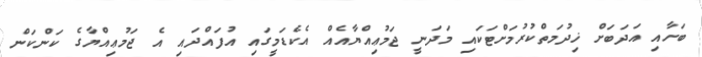
ބަހާއި އަދަބަށް ޚިދުމަތްކުރުމަށްޓަކައި މަދަނީ ޖަމުޢިއްޔާއެއް އެކެޑަމީގައި އުފައްދައި އެ ޖަމުޢިއްޔާގެ ކަންކަން